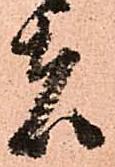
者